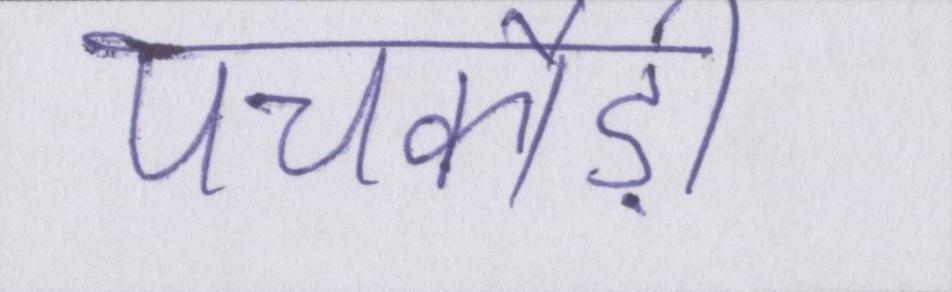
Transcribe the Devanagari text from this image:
पचकौड़ी